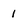
Character: 1